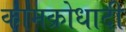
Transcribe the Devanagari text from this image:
कामक्रोधादी